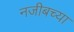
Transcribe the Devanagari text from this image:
नजीबच्या